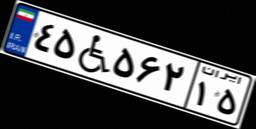
۴۵W۵۶۲۱۵